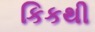
કિકથી